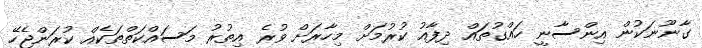
ގާނޫނަކުން އިންސާނީ ހައްގުތައް ދިފާއު ކުރުމަށް މިހާރަށް ވުރެ އިތުރު މަސައްކަތްތަކެއް ކުރަންޖެހޭ